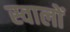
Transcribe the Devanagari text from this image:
स्वालों